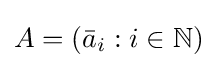
A=({\bar {a}}_{i}:i\in \mathbb {N} )